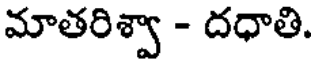
మాతరిశ్వా - దధాతి.